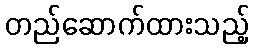
တည်ဆောက်ထားသည့်